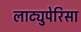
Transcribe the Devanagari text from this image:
लाट्युपेरिसा